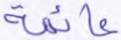
عائمة